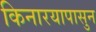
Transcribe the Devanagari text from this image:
किनारयापासुन